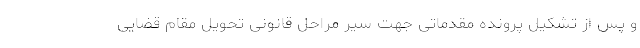
و پس از تشکیل پرونده مقدماتی جهت سیر مراحل قانونی تحویل مقام قضایی